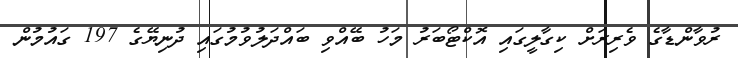
ރުވާންޑާގެ ވެރިރަށް ކިގާލީގައި އޮކްޓޯބަރު މަހު ބޭއްވި ބައްދަލުވުމުގައި ދުނިޔޭގެ 197 ގައުމުން